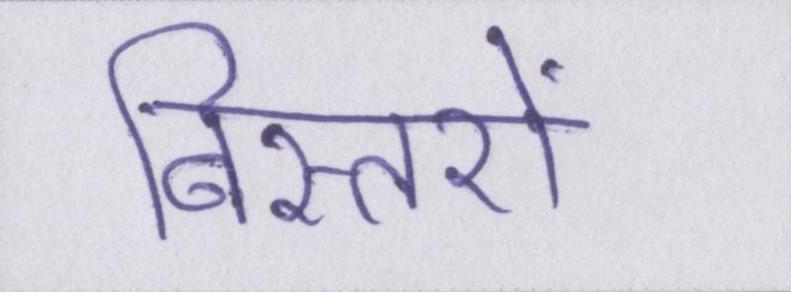
बिस्तरों